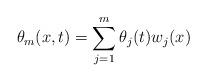
LaTeX: \begin{align*}\theta_m (x,t) = \sum_{j=1}^m \theta_j(t)w_j(x)\end{align*}